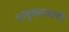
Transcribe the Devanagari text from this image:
भावुकतावादी